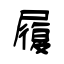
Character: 履